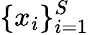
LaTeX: \{ {x}_{i}\} _{i=1}^{S}